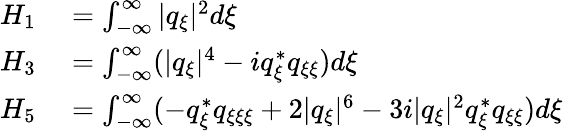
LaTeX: \begin{array}{rl}{H_{1}}&{{}=\int_{-\infty}^{\infty}|q_{\xi}|^{2}d\xi}\\ {H_{3}}&{{}=\int_{-\infty}^{\infty}(|q_{\xi}|^{4}-iq_{\xi}^{*}q_{\xi\xi})d\xi}\\ {H_{5}}&{{}=\int_{-\infty}^{\infty}(-q_{\xi}^{*}q_{\xi\xi\xi}+2|q_{\xi}|^{6}-3i|q_{\xi}|^{2}q_{\xi}^{*}q_{\xi\xi})d\xi}\end{array}